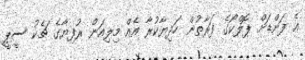
އެ ފަންޑަށް ޕޮލްކޯގެ ފަރާތުން ހަދިޔާކުރާ އެއް މިލިއަން ރުފިޔާގެ ޗެކު ސީޕީ